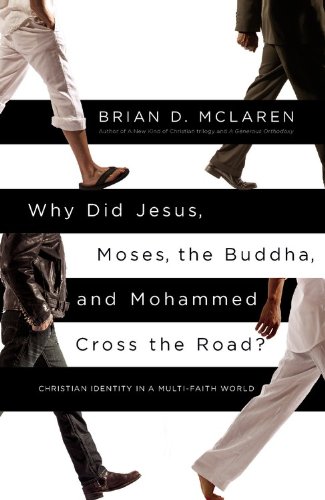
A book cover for Why Did Jesus, Moses, the Buddha, and Mohammed Cross the Road?: Christian Identity in a Multi-Faith World; Brian D. McLaren; Christian Books & Bibles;